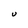
Character: U